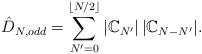
LaTeX: \begin{align*}\hat D_{N,odd} = \sum_{N'=0}^{\lfloor N/2\rfloor} |\mathbb{C}_{N'}|\,|\mathbb{C}_{N-N'}|.\end{align*}